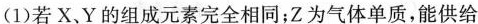
(1)若X、Y的组成元素完全相同；Z为气体单质，能供给